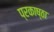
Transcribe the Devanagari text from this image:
प्रकाष्ठा